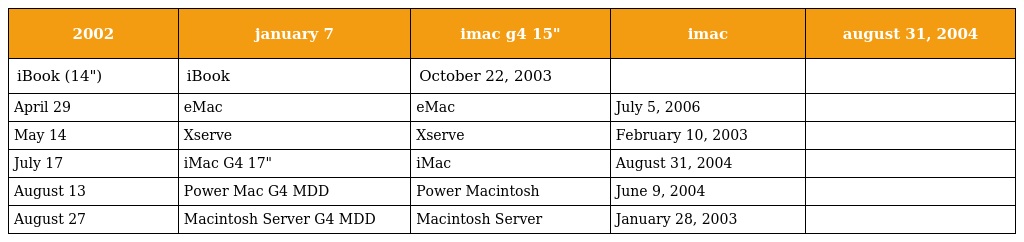
| 2002 | january 7 | imac g4 15" | imac | august 31, 2004 |
 | --- | --- | --- | --- | --- |
 | iBook (14") | iBook | October 22, 2003 |  |  |
 | April 29 | eMac | eMac | July 5, 2006 |  |
 | May 14 | Xserve | Xserve | February 10, 2003 |  |
 | July 17 | iMac G4 17" | iMac | August 31, 2004 |  |
 | August 13 | Power Mac G4 MDD | Power Macintosh | June 9, 2004 |  |
 | August 27 | Macintosh Server G4 MDD | Macintosh Server | January 28, 2003 |  |